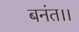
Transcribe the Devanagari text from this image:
बनंत।।